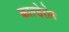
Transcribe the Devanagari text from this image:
काल्डेरोन